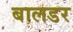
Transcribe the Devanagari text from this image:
बालडर